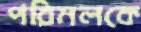
পরিমলকে